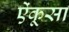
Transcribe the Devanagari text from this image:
ऐंकूसा